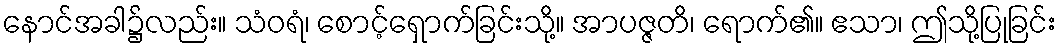
နောင်အခါ၌လည်း။ သံဝရံ၊ စောင့်ရှောက်ခြင်းသို့။ အာပဇ္ဇတိ၊ ရောက်၏။ ဧသာ၊ ဤသို့ပြုခြင်း